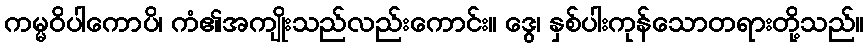
ကမ္မဝိပါကောပိ၊ ကံ၏အကျိုးသည်လည်းကောင်း။ ဒွေ၊ နှစ်ပါးကုန်သောတရားတို့သည်။